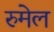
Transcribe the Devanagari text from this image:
रुमेल